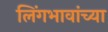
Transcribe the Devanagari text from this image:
लिंगभावांच्या